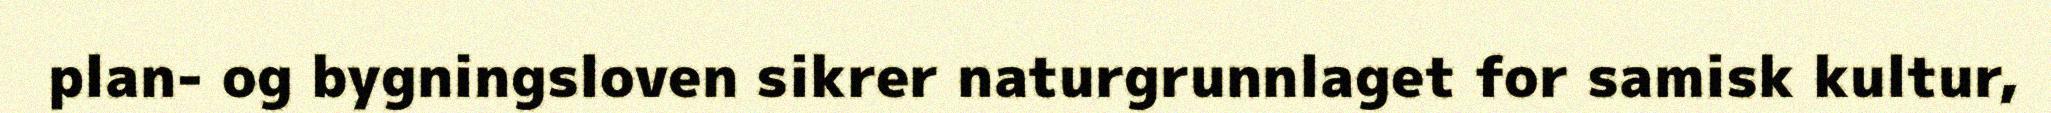
plan- og bygningsloven sikrer naturgrunnlaget for samisk kultur,